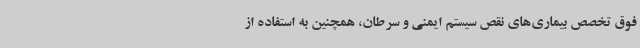
فوق تخصص بیماری‌های نقص سیستم ایمنی و سرطان، همچنین به استفاده از